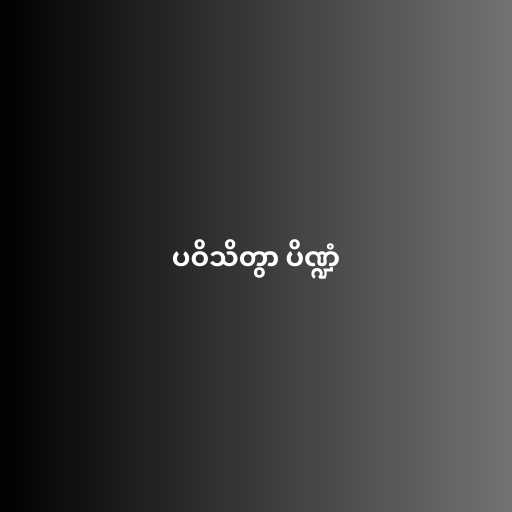
ပဝိသိတွာ ပိဏ္ဍံ